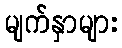
မျက်နှာများ